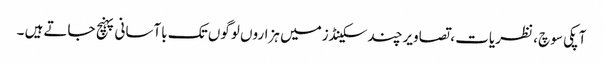
آپکی سوچ ، نظریات ، تصاویرچند سکینڈزمیں ہزاروں لوگوں تک باآسانی پہنچ جاتےہیں ۔